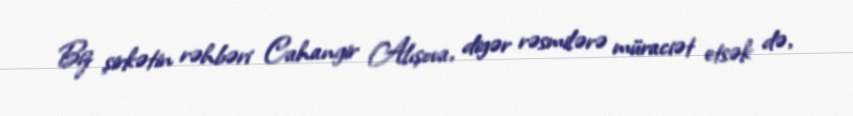
Biz şirkətin rəhbəri Cahangir Alışova, digər rəsmilərə müraciət etsək də,